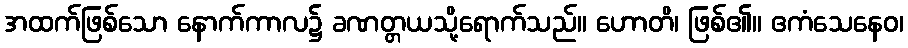
အထက်ဖြစ်သော နောက်ကာလ၌ ခဏတ္တယသို့ရောက်သည်။ ဟောတိ၊ ဖြစ်၏။ ဧကံသေနေဝ၊